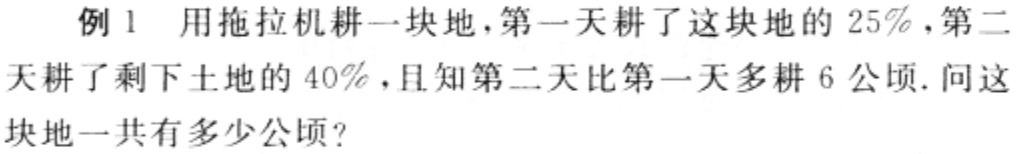
例1 用拖拉机耕一块地，第一天耕了这块地的 \(25\%\)，第二天耕了剩下土地的 \(40\%\)，且知第二天比第一天多耕 \(6\) 公顷. 问这块地一共有多少公顷?